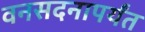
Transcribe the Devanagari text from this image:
वनसदनापर्यंत